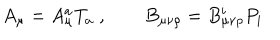
A _ { \mu } = A _ { \mu } ^ { a } T _ { a } \; , \qquad B _ { \mu \nu \rho } = B _ { \mu \nu \rho } ^ { i } P _ { i }